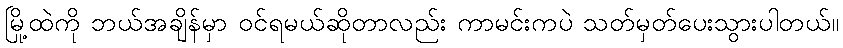
မြို့ထဲကို ဘယ်အချိန်မှာ ဝင်ရမယ်ဆိုတာလည်း ကာမင်းကပဲ သတ်မှတ်ပေးသွားပါတယ်။